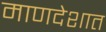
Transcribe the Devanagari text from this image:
माणदेशात